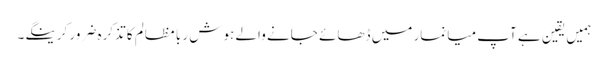
ہمیں یقین ہے آپ میانمار میں ڈھائے جانے والے ہوش ربا مظالم کا تذکرہ ضرور کرینگے۔